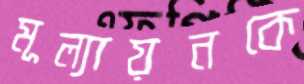
মূল্যায়নকে